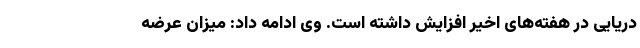
دریایی در هفته‌های اخیر افزایش داشته است. وی ادامه داد: میزان عرضه